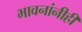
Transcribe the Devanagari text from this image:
भावनांनीही